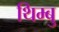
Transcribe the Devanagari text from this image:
थिम्बु